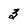
Character: 3